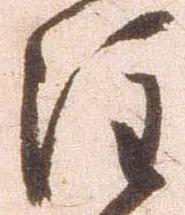
注